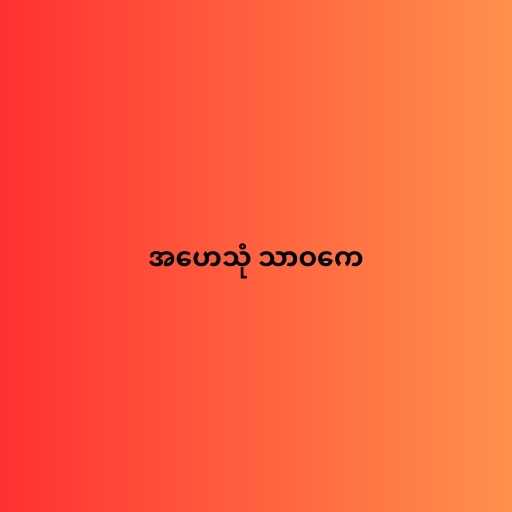
အဟေသုံ သာဝကေ